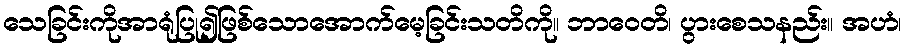
သေခြင်းကိုအာရုံပြု၍ဖြစ်သောအောက်မေ့ခြင်းသတိကို။ ဘာဝေတိ၊ ပွားစေသနည်း။ အဟံ၊